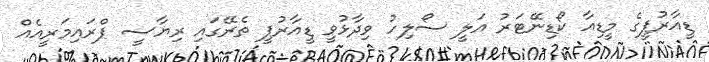
ޑީއާރުޕީގެ މީޑިއާ ކޯޑިނޭޓަރު އަލީ ސޯލިހު ވިދާޅުވީ ޑީއާރުޕީ ތެރޭގައި ރިޔާސީ ޕްރައިމަރީއެއް